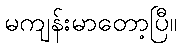
မကျန်းမာတော့ပြီ။